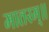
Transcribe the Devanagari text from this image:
मातरम्॥